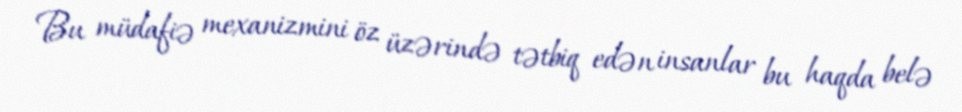
Bu müdafiə mexanizmini öz üzərində tətbiq edən insanlar bu haqda belə